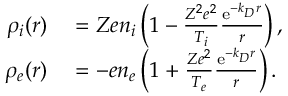
\begin{array} { r l } { \rho _ { i } ( \boldsymbol { r } ) } & { { } = Z e n _ { i } \left( 1 - \frac { Z ^ { 2 } e ^ { 2 } } { T _ { i } } \frac { \mathrm { e } ^ { - k _ { D } r } } { r } \right) , } \\ { \rho _ { e } ( \boldsymbol { r } ) } & { { } = - e n _ { e } \left( 1 + \frac { Z e ^ { 2 } } { T _ { e } } \frac { \mathrm { e } ^ { - k _ { D } r } } { r } \right) . } \end{array}